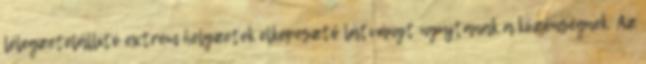
lélegzetelállító extrém helyzetek elképesztő látványt nyújtanak a közönségnek. Az